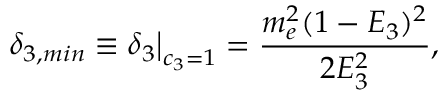
\delta _ { 3 , m i n } \left. \equiv \delta _ { 3 } \right| _ { c _ { 3 } = 1 } = \frac { m _ { e } ^ { 2 } ( 1 - E _ { 3 } ) ^ { 2 } } { 2 E _ { 3 } ^ { 2 } } ,